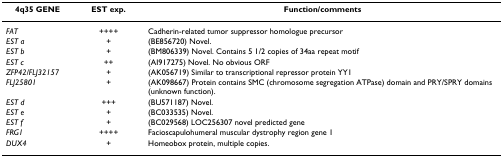
<table><thead><tr><td><b>4q35 GENE</b></td><td><b>EST exp.</b></td><td><b>Function/comments</b></td></tr></thead><tbody><tr><td><i>FAT</i></td><td>++++</td><td>Cadherin-related tumor suppressor homologue precursor</td></tr><tr><td><i>EST a</i></td><td>+</td><td>(BE856720) Novel.</td></tr><tr><td><i>EST b</i></td><td>+</td><td>(BM806339) Novel. Contains 5 1/2 copies of 34aa repeat motif</td></tr><tr><td><i>EST c</i></td><td>++</td><td>(AI917275) Novel. No obvious ORF</td></tr><tr><td><i>ZFP42/FLJ32157</i></td><td>+</td><td>(AK056719) Similar to transcriptional repressor protein YY1</td></tr><tr><td><i>FLJ25801</i></td><td>+</td><td>(AK098667) Protein contains SMC (chromosome segregation ATPase) domain and PRY/SPRY domains (unknown function).</td></tr><tr><td><i>EST d</i></td><td>+++</td><td>(BU571187) Novel.</td></tr><tr><td><i>EST e</i></td><td>+</td><td>(BC033535) Novel.</td></tr><tr><td><i>EST f</i></td><td>+</td><td>(BC029568) LOC256307 novel predicted gene</td></tr><tr><td><i>FRG1</i></td><td>++++</td><td>Facioscapulohumeral muscular dystrophy region gene 1</td></tr><tr><td><i>DUX4</i></td><td>+</td><td>Homeobox protein, multiple copies.</td></tr></tbody></table>